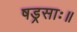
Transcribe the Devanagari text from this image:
षड्रसाः॥